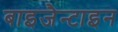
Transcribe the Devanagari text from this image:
बाइजैन्टाइन